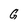
Character: G